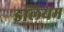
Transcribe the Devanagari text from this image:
इलियम